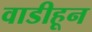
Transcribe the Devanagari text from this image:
वाडीहून